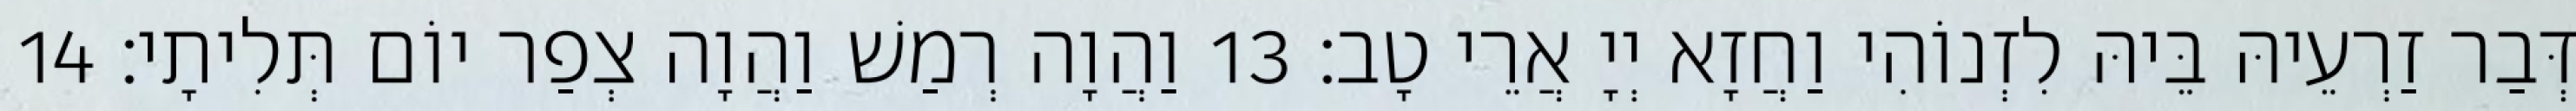
דְּבַר זַרְעֵיהּ בֵּיהּ לִזְנוֹהִי וַחֲזָא יְיָ אֲרֵי טָב׃ 13 וַהֲוָה רְמַשׁ וַהֲוָה צְפַר יוֹם תְּלִיתָי׃ 14